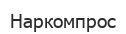
Наркомпрос